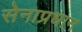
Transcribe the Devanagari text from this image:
सेनाप्रधान